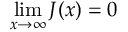
\operatorname * { l i m } _ { x \to \infty } J ( x ) = 0